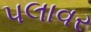
પલાવર